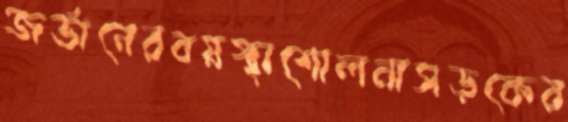
জর্ডানেরবয়স্থাশোলনাসড়কের